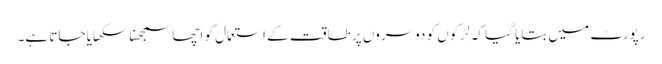
رپورٹ میں بتایا گیا کہ لڑکوں کو دوسروں پر طاقت کے استعمال کو اچھا سمجھنا سکھایا جاتا ہے۔